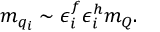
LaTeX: m _ { q _ { i } } \sim \epsilon _ { i } ^ { f } \epsilon _ { i } ^ { h } m _ { Q } .